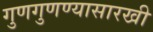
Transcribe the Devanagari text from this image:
गुणगुणण्यासारखी